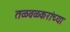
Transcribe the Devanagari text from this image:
तळवळकरांच्या